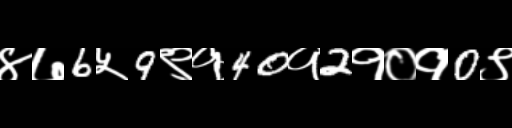
Text: ४७6५9९१40१2१०१0९